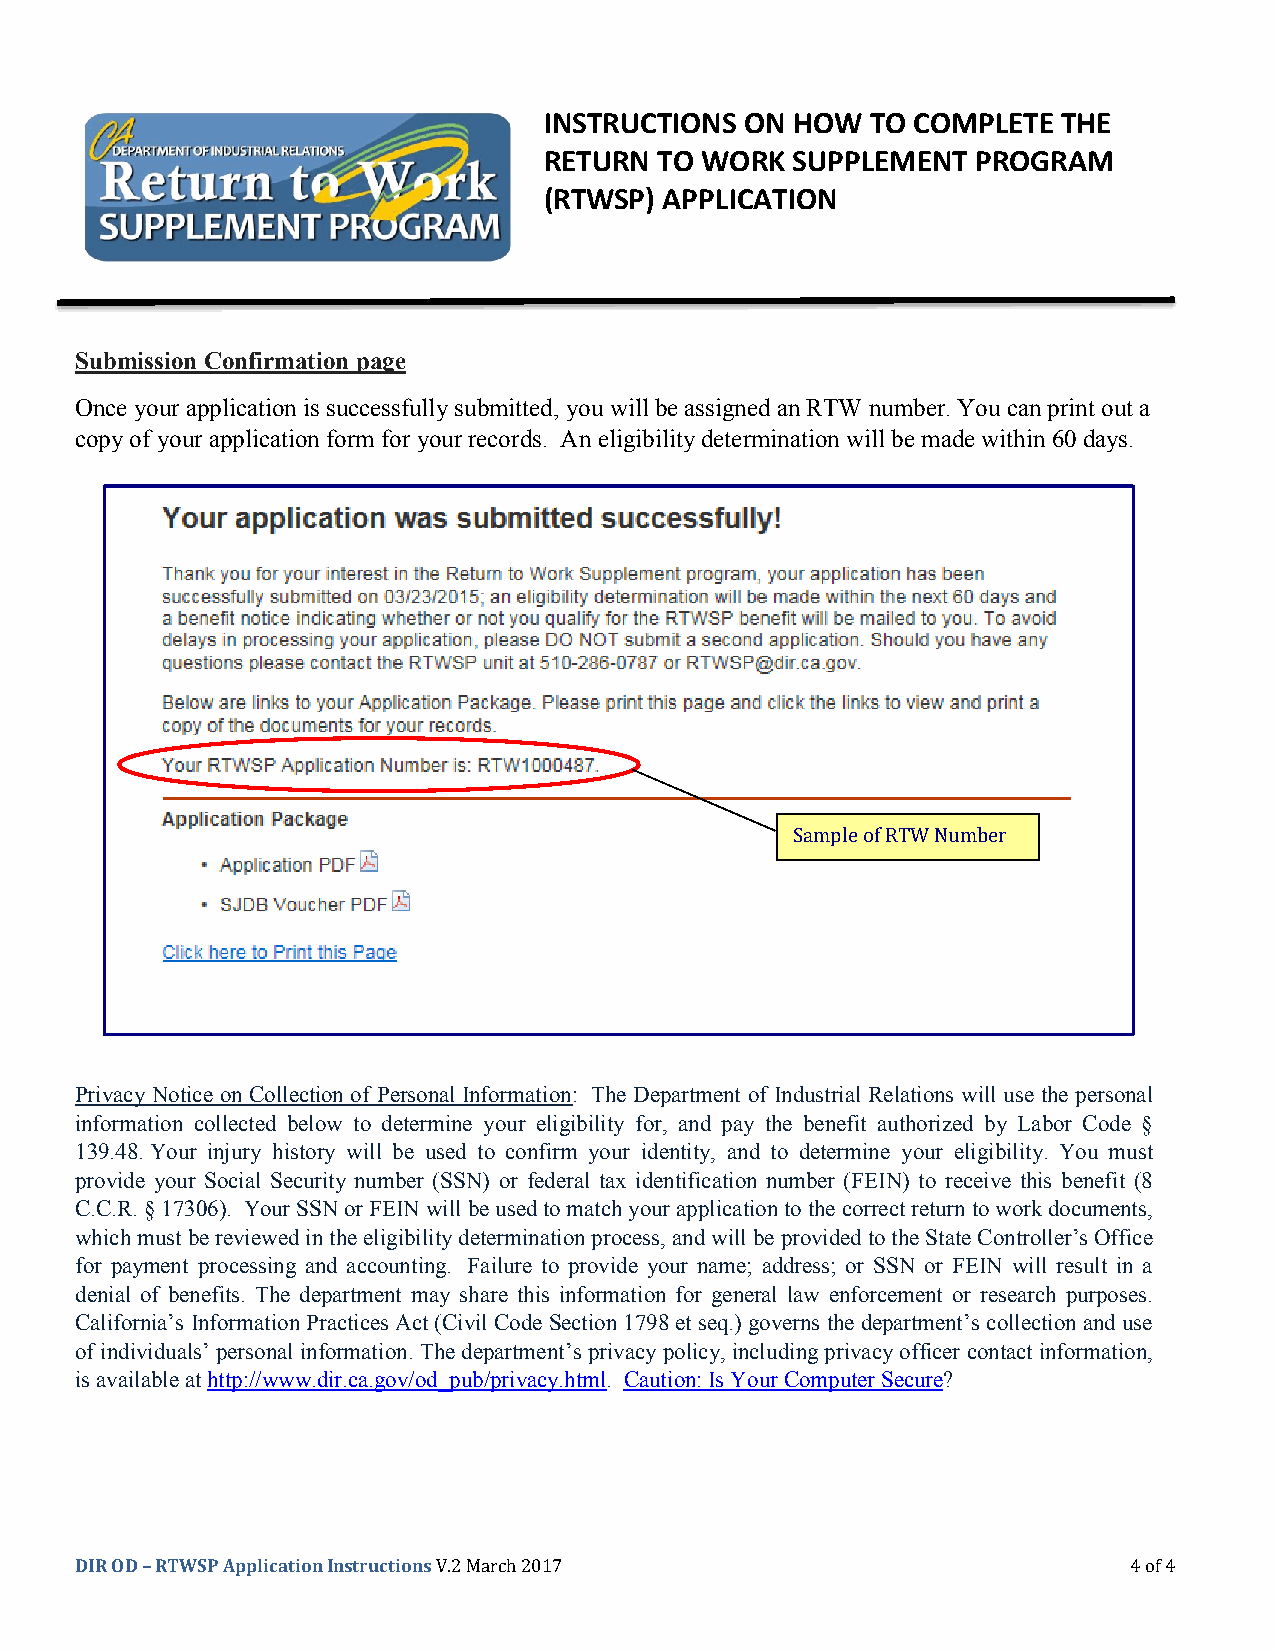
INSTRUCTIONS ON  HOW  TO COMPLETE THE
 RETURN  TO WORK SUPPLEMENT   PROGRAM
 (RTWSP) APPLICATION
 Submission Confirmation page
 Once your application is successfully submitted, you will be assigned an RTW number. You can print out a
 copy of your application form for your records. An eligibility determination will be made within 60 days.
 Sample of RTW Number
 Privacy Notice on Collection of Personal Information: The Department of Industrial Relations will use the personal
 information collected below to determine your eligibility for, and pay the benefit authorized by Labor Code §
 139.48. Your injury history will be used to confirm your identity, and to determine your eligibility. You must
 provide your Social Security number (SSN) or federal tax identification number (FEIN) to receive this benefit (8
 C.C.R. § 17306). Your SSN or FEIN will be used to match your application to the correct return to work documents,
 which must be reviewed in the eligibility determination process, and will be provided to the State Controller’s Office
 for payment processing and accounting. Failure to provide your name; address; or SSN or FEIN will result in a
 denial of benefits. The department may share this information for general law enforcement or research purposes.
 California’s Information Practices Act (Civil Code Section 1798 et seq.) governs the department’s collection and use
 of individuals’ personal information. The department’s privacy policy, including privacy officer contact information,
 is available at http://www.dir.ca.gov/od_pub/privacy.html. Caution: Is Your Computer Secure?
 DIR OD – RTWSP Application Instructions V.2 March 2017                4 of 4